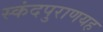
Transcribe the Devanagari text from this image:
स्कंदपुराणयह